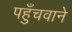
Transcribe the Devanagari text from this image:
पहुँचवाने